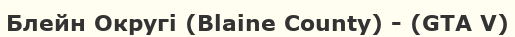
Блейн Округі (Blaine County) - (GTA V)